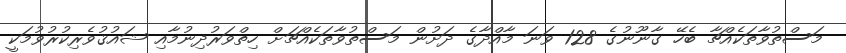
މަސްތުވާތަކެއްޗާ ބެހޭ ގާނޫނުގެ 128 ވަނަ މާއްދާގެ ދަށުން މަސްތުވާތަކެއްޗަށް ހިތްވަރުދިނުމާއި ޝައުޤުވެރިކުރުވުމަކީ